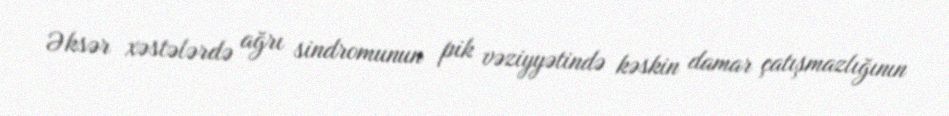
Əksər xəstələrdə ağrı sindromunun pik vəziyyətində kəskin damar çatışmazlığının